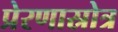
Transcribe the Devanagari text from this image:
प्रेरणास्रोत्र